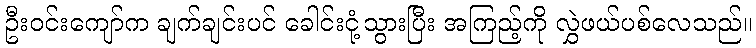
ဦးဝင်းကျော်က ချက်ချင်းပင် ခေါင်းငုံ့သွားပြီး အကြည့်ကို လွှဲဖယ်ပစ်လေသည်။